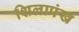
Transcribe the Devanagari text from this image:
शिलापंख